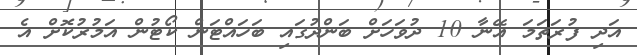
އަދި ފުރަތަމަ އޭނާ 10 ދުވަހަށް ބަންދުގައި ބަހައްޓަން ކޯޓުން އަމުރުކޮށް އެ